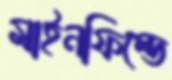
মাইনফিল্ডে